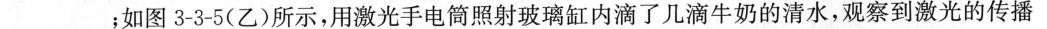
___；如图3-3-5(乙)所示，用激光手电筒照射玻璃缸内滴了几滴牛奶的清水，观察到激光的传播